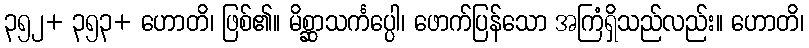
၃၅၂+ ၃၅၃+ ဟောတိ၊ ဖြစ်၏။ မိစ္ဆာသင်္ကပ္ပေါ၊ ဖောက်ပြန်သော အကြံရှိသည်လည်း။ ဟောတိ၊